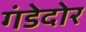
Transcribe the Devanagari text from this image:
गंडेदोर